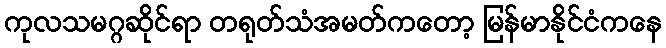
ကုလသမဂ္ဂဆိုင်ရာ တရုတ်သံအမတ်ကတော့ မြန်မာနိုင်ငံကနေ